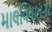
માલવિયાનગર